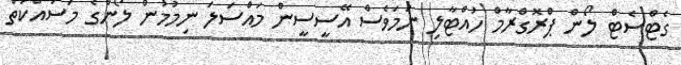
ގެޓްސެޓް ލޯން ޕްރޮގްރާމް ހުއްޓާލި ނަމަވެސް އޭސީސީން މައްސަލަ ނިމުމުން ލޯންގެ މަސައްކަތް